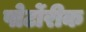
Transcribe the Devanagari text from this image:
पोर्टोरीक